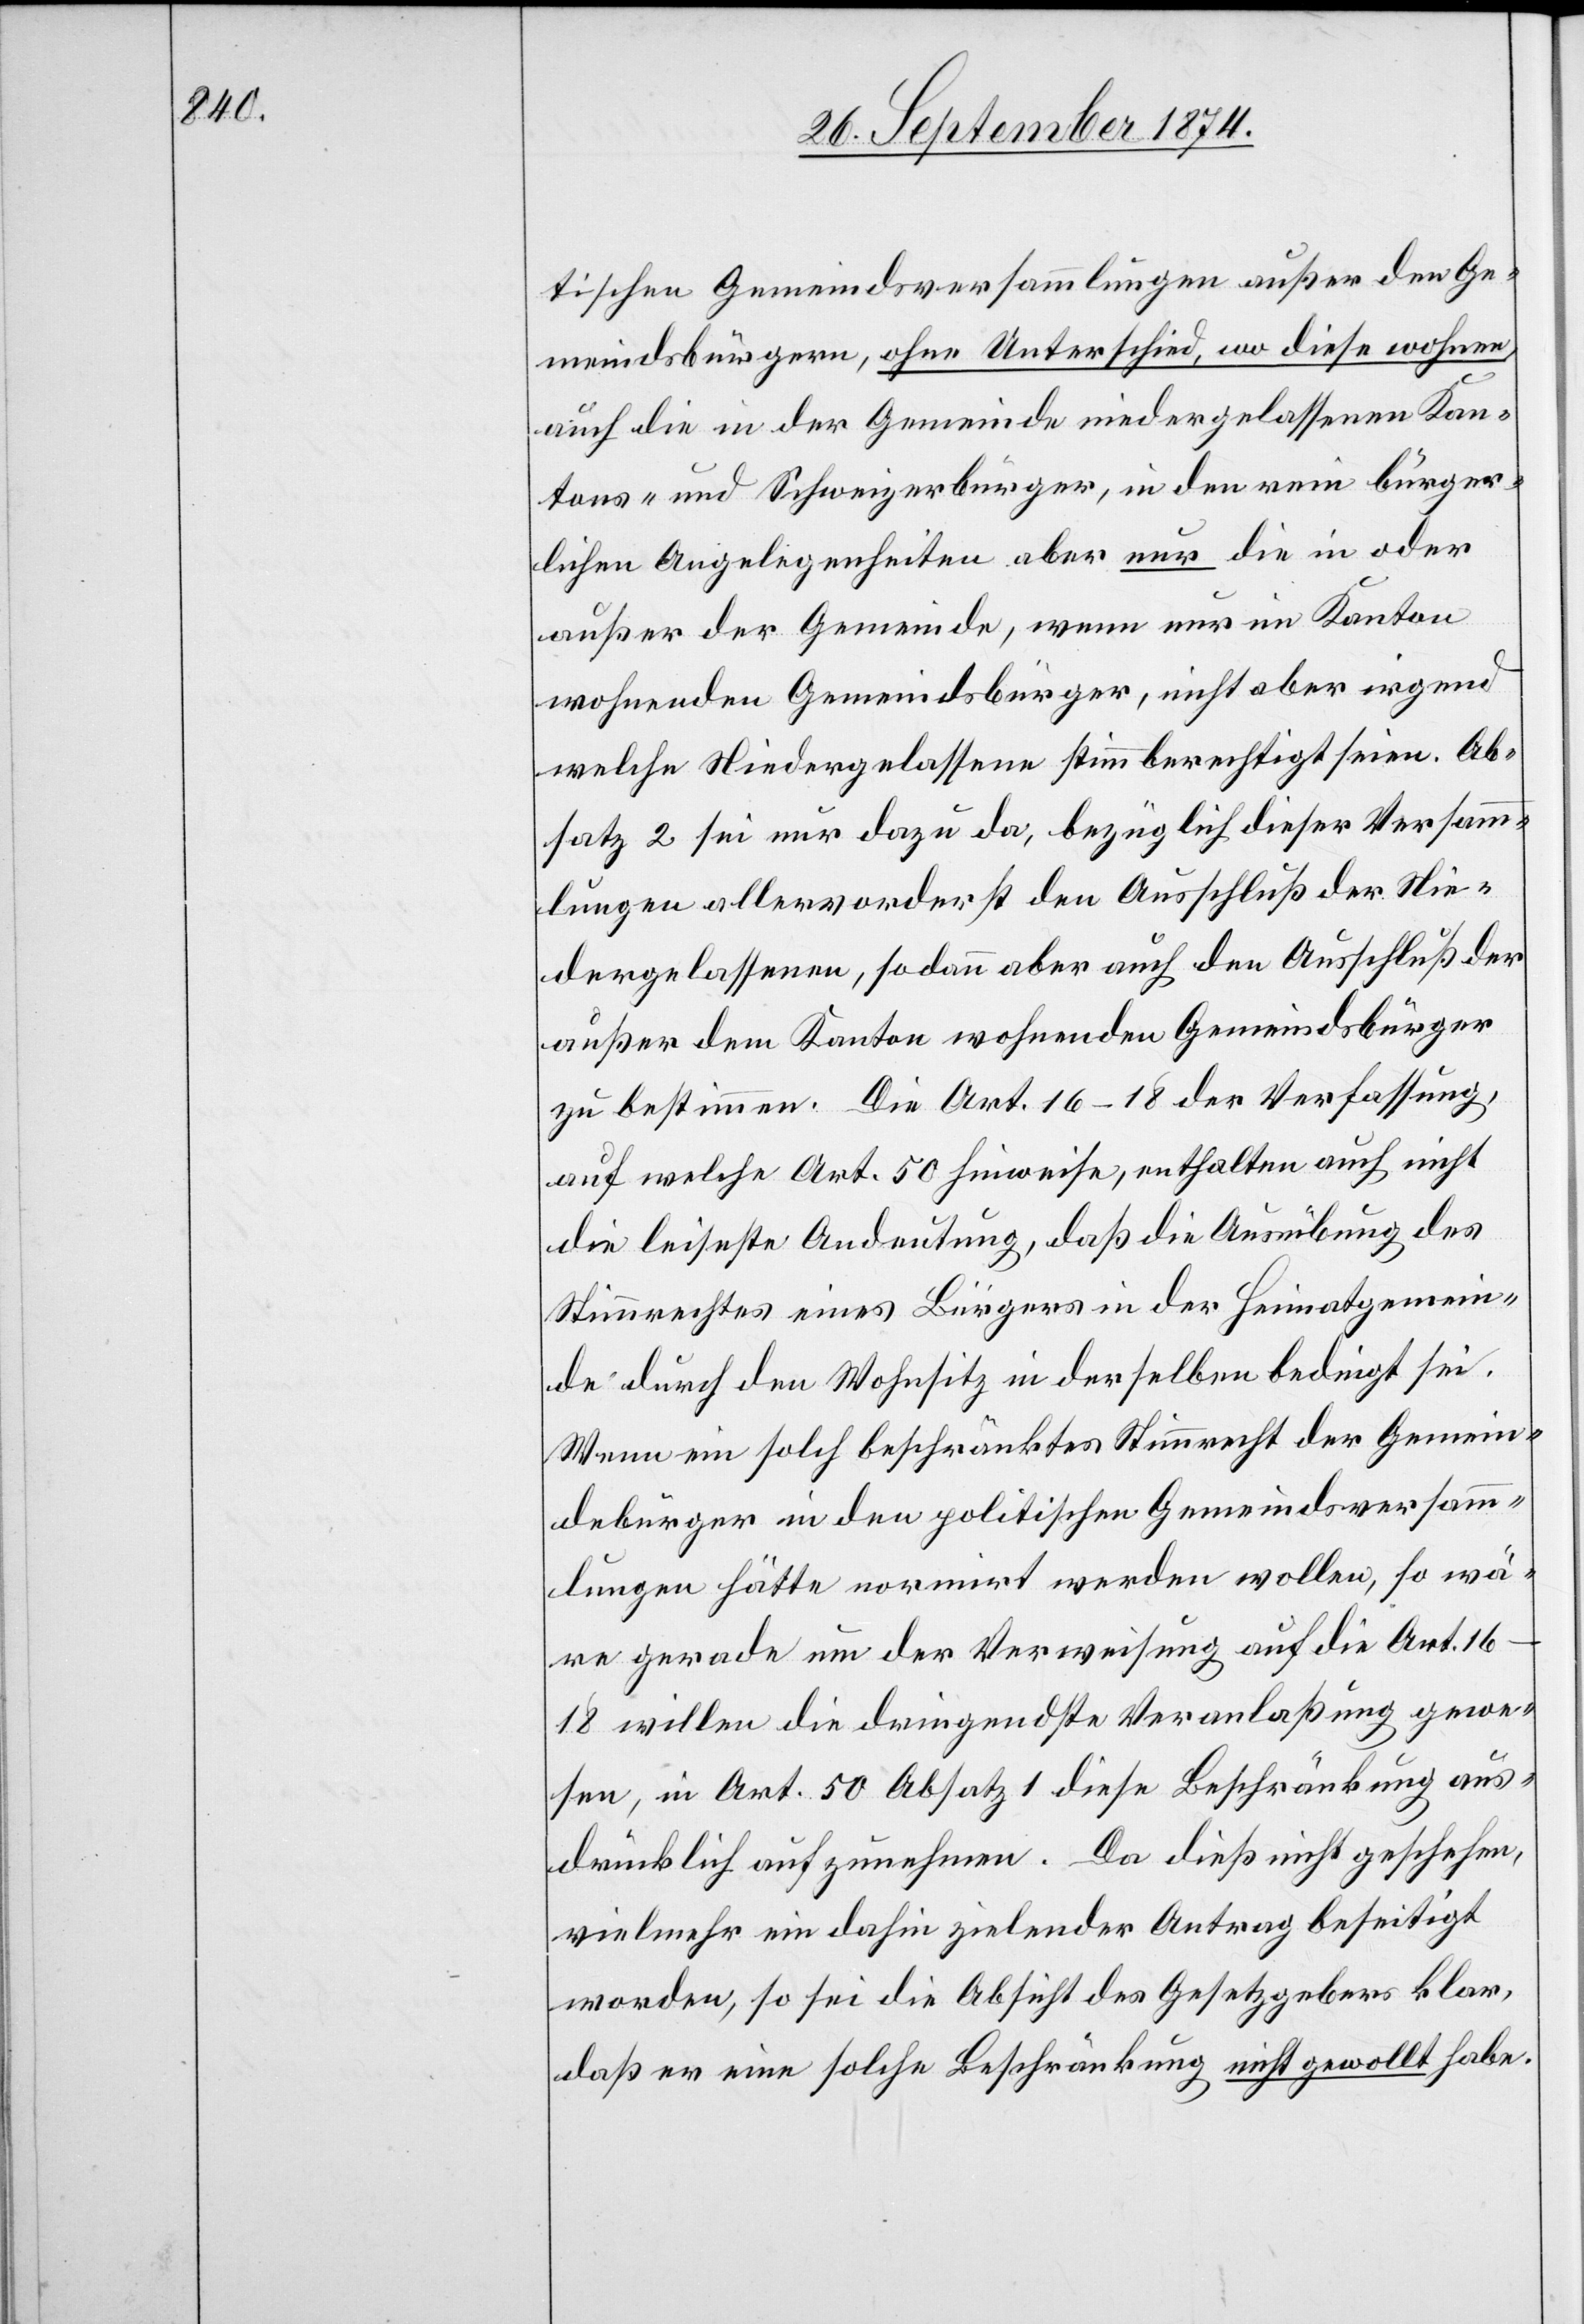
tischen Gemeindsversammlungen außer den Ge¬
meindsbürgern, ohne Unterschied, wo diese wohnen,
auch die in der Gemeinde niedergelassenen Kan¬
tons- und Schweizerbürger, in den rein bürger¬
lichen Angelegenheiten aber nur die in oder
außer der Gemeinde, wenn nur im Kanton
wohnenden Gemeindsbürger, nicht aber irgend
welche Niedergelassene stimmberechtigt seien. Ab¬
satz 2 sei nur dazu da, bezüglich dieser Versamm¬
lungen allervorderst den Ausschluß der Nie¬
dergelassenen, sodann aber auch den Ausschluß der
außer dem Kanton wohnenden Gemeindsbürger
zu bestimmen. Die Art. 16–18 der Verfassung,
auf welche Art. 50 hinweise, enthalten auch nicht
die leiseste Andeutung, daß die Ausübung des
Stimmrechtes eines Bürgers in der Heimatgemein¬
de durch den Wohnsitz in derselben bedingt sei.
Wenn ein solch beschränktes Stimmrecht der Gemein¬
dsbürger in den politischen Gemeindsversam¬
mlungen hätte normirt werden wollen, so wä¬
re gerade um der Verweisung auf die Art.
16–18 willen die dringendste Veranlaßung gewe¬
sen, in Art. 50 Absatz 1 diese Beschränkung aus¬
drücklich aufzunehmen. Da dieß nicht geschehen,
vielmehr ein dahin zielender Antrag beseitigt
worden, so sei die Absicht des Gesetzgebers klar,
daß er eine solche Beschränkung nicht gewollt habe.